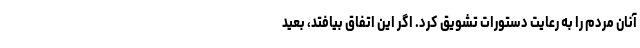
آنان مردم را به رعایت دستورات تشویق کرد. اگر این اتفاق بیافتد، بعید